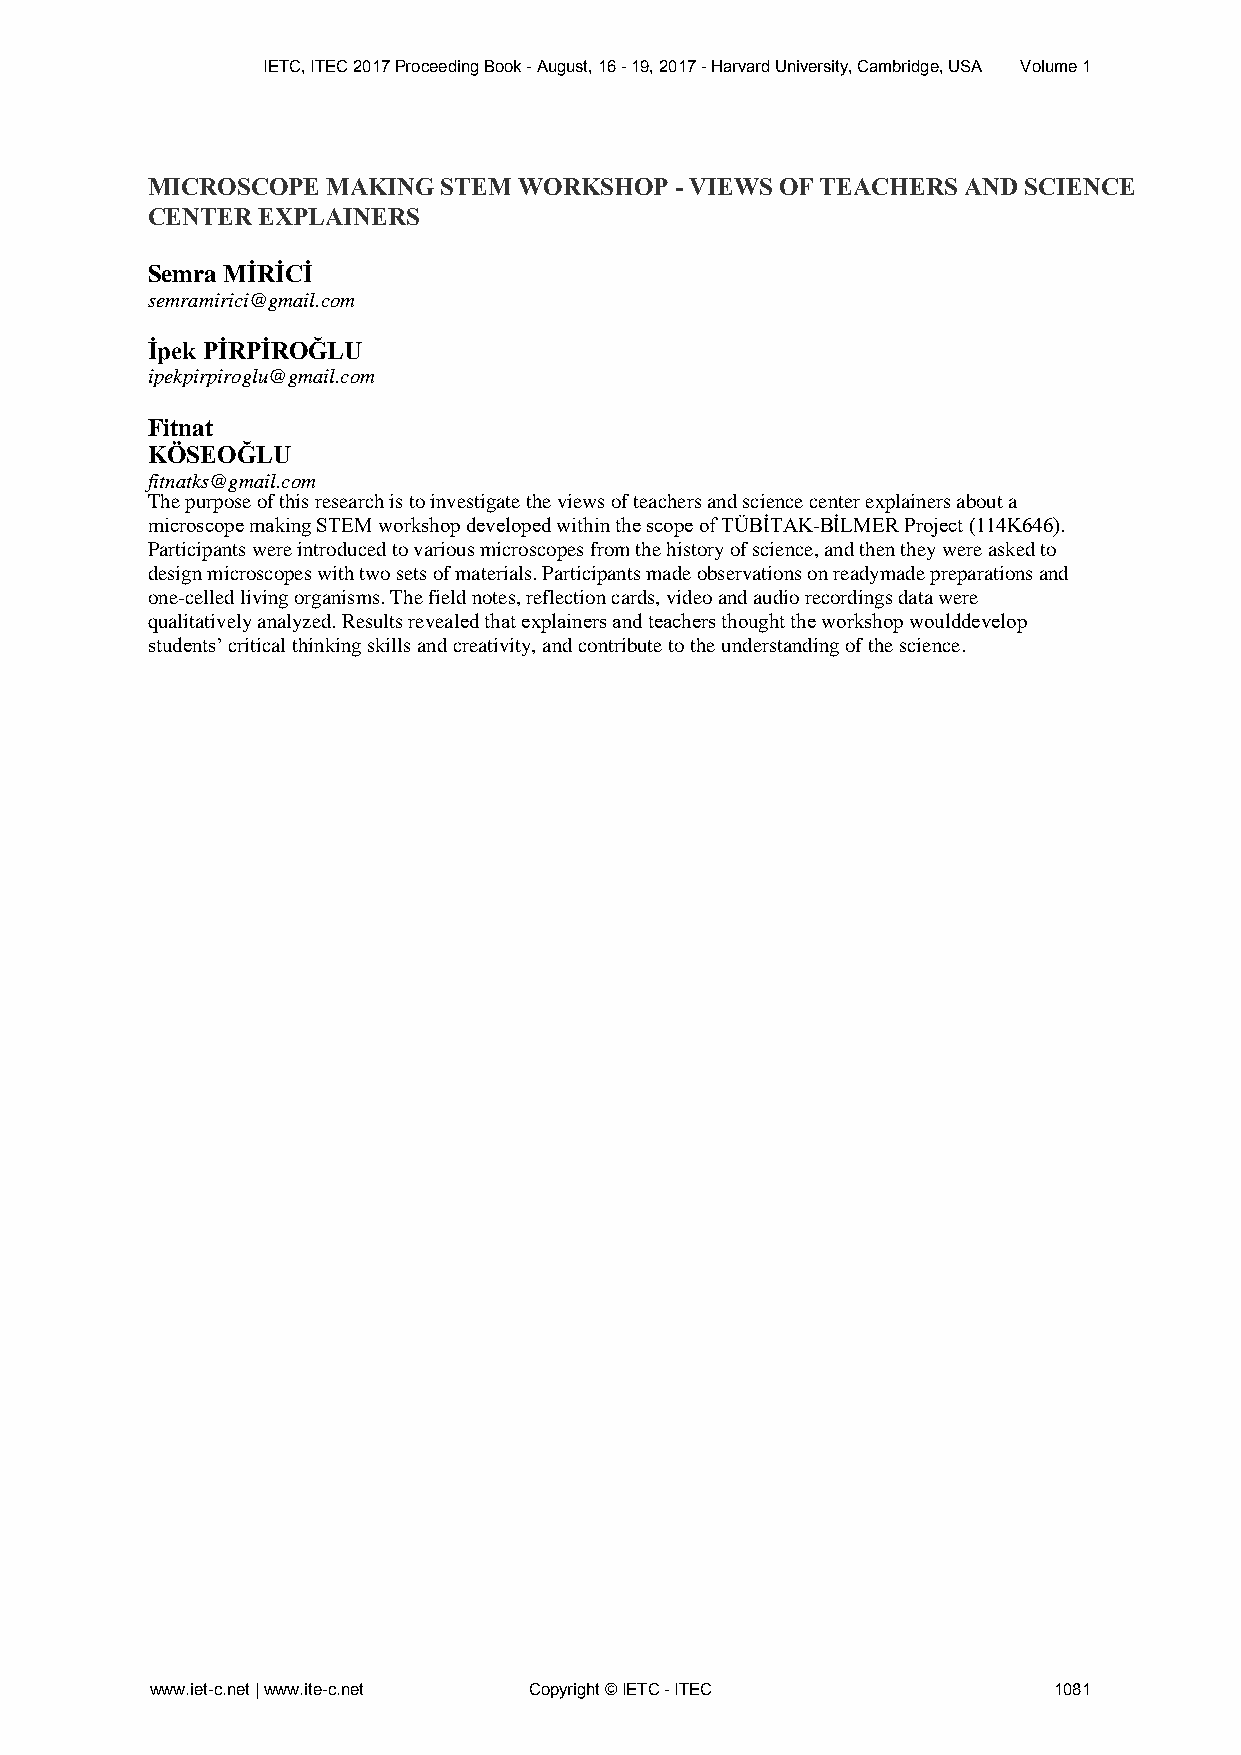
IETC, ITEC 2017 Proceeding Book - August, 16 - 19, 2017 - Harvard University, Cambridge, USA Volume 1
 MICROSCOPE  MAKING STEM WORKSHOP   - VIEWS OF TEACHERS AND SCIENCE
 CENTER EXPLAINERS
 Semra MİRİCİ
 semramirici@gmail.com
 İpek PİRPİROĞLU
 ipekpirpiroglu@gmail.com
 Fitnat
 KÖSEOĞLU
 fitnatks@gmail.com
 The purpose of this research is to investigate the views of teachers and science center explainers about a
 microscope making STEM workshop developed within the scope of TÜBİTAK-BİLMER Project (114K646).
 Participants were introduced to various microscopes from the history of science, and then they were asked to
 design microscopes with two sets of materials. Participants made observations on readymade preparations and
 one-celled living organisms. The field notes, reflection cards, video and audio recordings data were
 qualitatively analyzed. Results revealed that explainers and teachers thought the workshop woulddevelop
 students’ critical thinking skills and creativity, and contribute to the understanding of the science.
 www.iet-c.net | www.ite-c.net Copyright © IETC - ITEC       1081